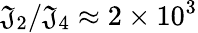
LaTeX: \mathfrak{J}_{2}/\mathfrak{J}_{4}\approx2\times10^{3}